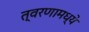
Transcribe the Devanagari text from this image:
त्वरणामध्ये